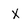
Character: x